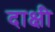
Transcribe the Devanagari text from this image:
दाक्षी